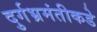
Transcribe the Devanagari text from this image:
दुर्गभ्रमंतीकडे